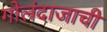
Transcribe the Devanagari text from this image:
गोलंदाजाची